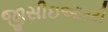
જીસીઇઆરટી